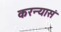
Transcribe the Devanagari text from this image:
करन्यासं